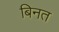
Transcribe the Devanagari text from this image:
बिनत